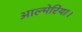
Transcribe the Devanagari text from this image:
आल्मेरिया।